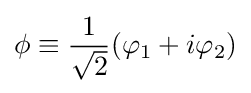
\phi \equiv {\frac {1}{\sqrt {2}}}(\varphi _{1}+i\varphi _{2})